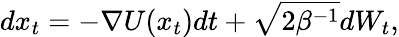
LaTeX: dx_{t}=-\nabla U(x_{t})dt+\sqrt{2\beta^{-1}}dW_{t},